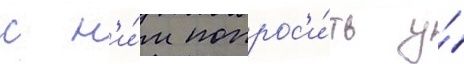
с н'и́м попрос'и́ть у́